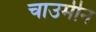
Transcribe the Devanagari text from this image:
चाउमीन